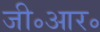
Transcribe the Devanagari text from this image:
जी॰आर॰